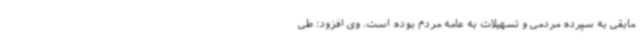
مابقی به سپرده مردمی و تسهیلات به عامه مردم بوده است. وی افزود: طی